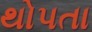
થોપતા